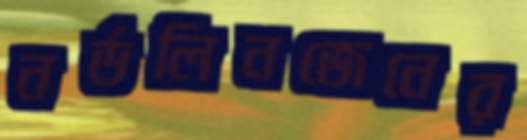
নর্ডলিনজেনের